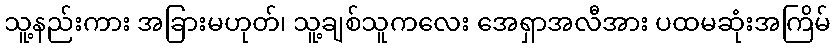
သူ့နည်းကား အခြားမဟုတ်၊ သူ့ချစ်သူကလေး အေရှာအလီအား ပထမဆုံးအကြိမ်